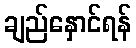
ချည်နှောင်ရန်